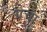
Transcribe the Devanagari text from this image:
ग्रेचा